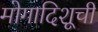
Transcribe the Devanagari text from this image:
मोगादिशूची